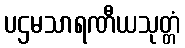
ပဌမသာရဏီယသုတ္တံ